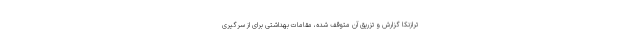
ترازنکا گزارش و تزریق آن متوقف شده، مقامات بهداشتی برای از سرگیری